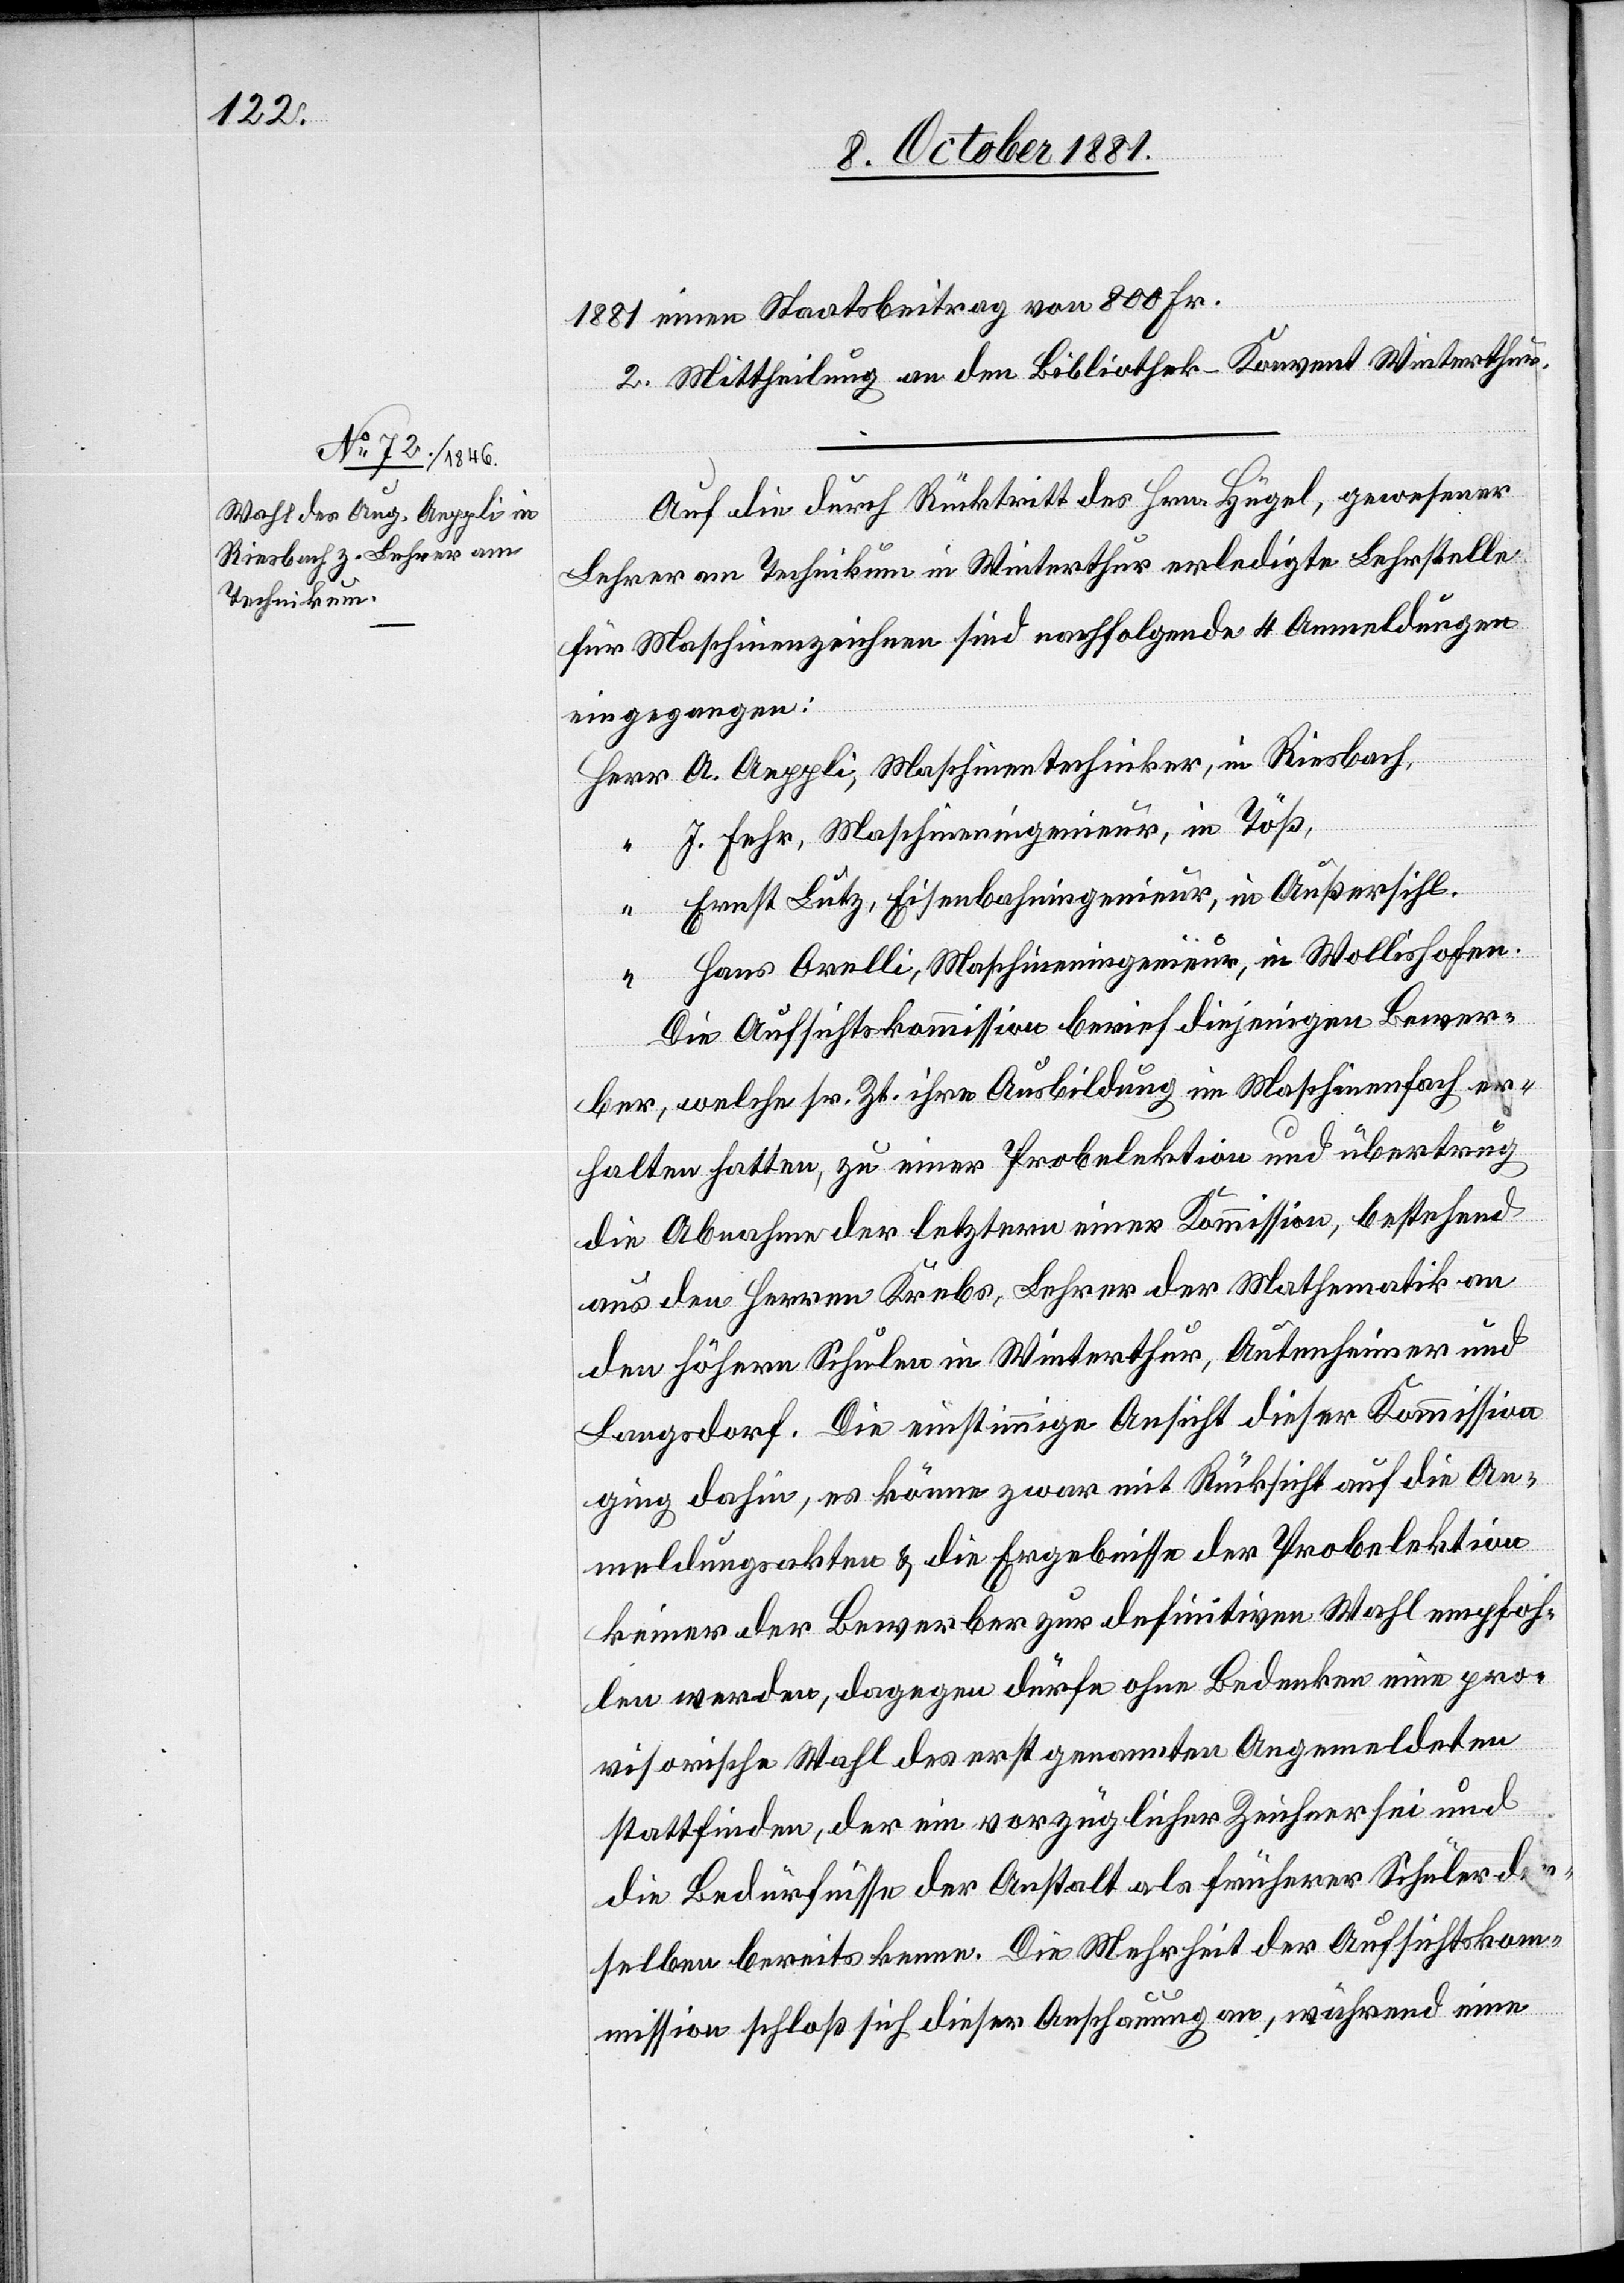
1881 einen Staatsbeitrag von 800 Fr.
2. Mittheilung an den Bibliothek-Konvent Winterthur.
Auf die durch Rücktritt des Hrn. Hügel, gewesener
Lehrer am Technikum in Winterthur erledigte Lehrstelle
für Maschinenzeichnen sind nachfolgende 4 Anmeldungen
eingegangen:
Herr A. Aeppli, Maschinentechniker, in Riesbach,
“ J. Fehr, Maschineningenieur, in Töß,
“ Ernst Lutz, Eisenbahningenieur, in Außersihl,
“ Hans Orelli, Maschineningenieur, in Wollishofen.
Die Aufsichtskommission berief diejenigen Bewer¬
ber, welche sr. Zt. ihre Ausbildung im Maschinenfach er¬
halten hatten, zu einer Probelektion und übertrug
die Abnahme der letztern einer Kommission, bestehend
aus den Herren Krebs, Lehrer der Mathematik an
den höhern Schulen in Winterthur, Autenheimer und
Langsdorf. Die einstimmige Ansicht dieser Kommission
ging dahin, es könne zwar mit Rücksicht auf die An¬
meldungsakten & die Ergebnisse der Probelektion
keiner der Bewerber zur definitiven Wahl empfoh¬
len werden, dagegen dürfe ohne Bedenken eine pro¬
visorische Wahl des erstgenannten Angemeldeten
stattfinden, der ein vorzüglicher Zeichner sei und
die Bedürfnisse der Anstalt als früherer Schüler der¬
selben bereits kenne. Die Mehrheit der Aufsichtskom¬
mission schloß sich dieser Anschauung an, während eine